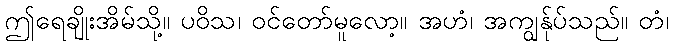
ဤရေချိုးအိမ်သို့။ ပဝိသ၊ ဝင်တော်မူလော့။ အဟံ၊ အကျွန်ုပ်သည်။ တံ၊